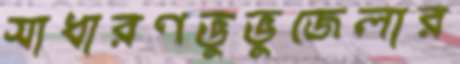
সাধারণভুভুজেলার